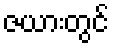
ဇယားတွင်